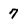
Character: 7